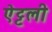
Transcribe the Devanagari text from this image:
ऐट्टली